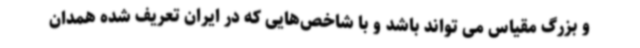
و بزرگ مقیاس می تواند باشد و با شاخص‌هایی که در ایران تعریف شده همدان